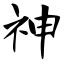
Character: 神